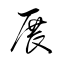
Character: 展